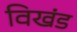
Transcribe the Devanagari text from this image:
विखंड